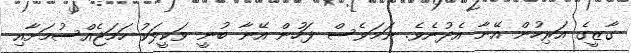
ގާޒީގެ އަރިހުން އޭނާ އެދުނެވެ. ނަމަވެސް ފަހުން އޭނާ ބުނީ ވަކީލަކު ހަމަޖެއްސުމަށާއި